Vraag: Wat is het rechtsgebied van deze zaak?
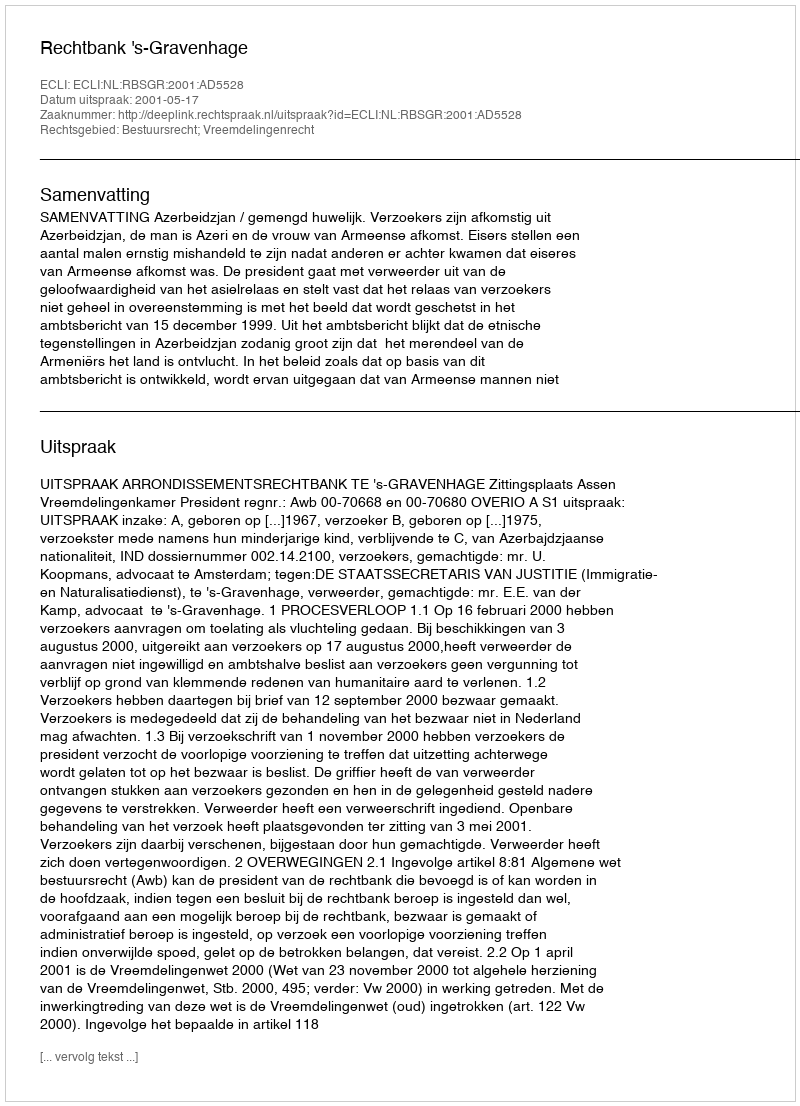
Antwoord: Bestuursrecht; Vreemdelingenrecht